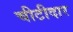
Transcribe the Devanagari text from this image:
चीटीदार